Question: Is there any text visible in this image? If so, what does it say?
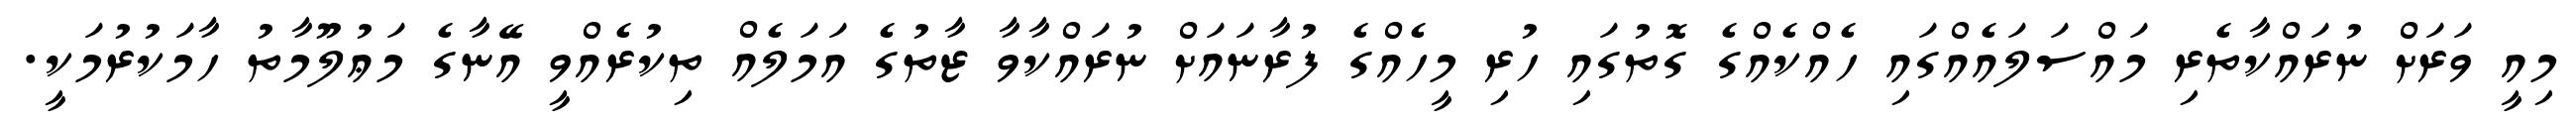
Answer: މިއީ ވަރަށް ނުރައްކާތެރި މައްސަލައެއްގައި ހެއްކެއްގެ ގޮތުގައި ހުރި މީހެއްގެ ފުރާނައަށް ނުރައްކާވާ ޒާތުގެ އަމަލެއް ތިކުރެއްވީ އޭނާގެ މަޢުލޫމާތު ހާމަކުރުމަކީ.